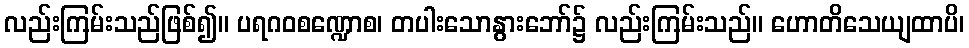
လည်းကြမ်းသည်ဖြစ်၍။ ပရဂဝစဏ္ဍောစ၊ တပါးသောနွားဘော်၌ လည်းကြမ်းသည်။ ဟောတိသေယျထာပိ၊